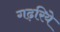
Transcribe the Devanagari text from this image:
गढ़रिये